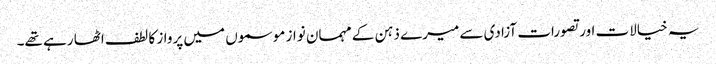
یہ خیالات اور تصورات آزادی سے میرے ذہن کے مہمان نواز موسموں میں پرواز کا لطف اٹھا رہے تھے۔